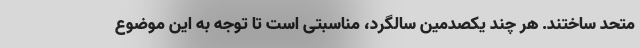
متحد ساختند. هر چند یکصدمین سالگرد، مناسبتی است تا توجه به این موضوع